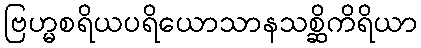
ဗြဟ္မစရိယပရိယောသာနသစ္ဆိကိရိယာ